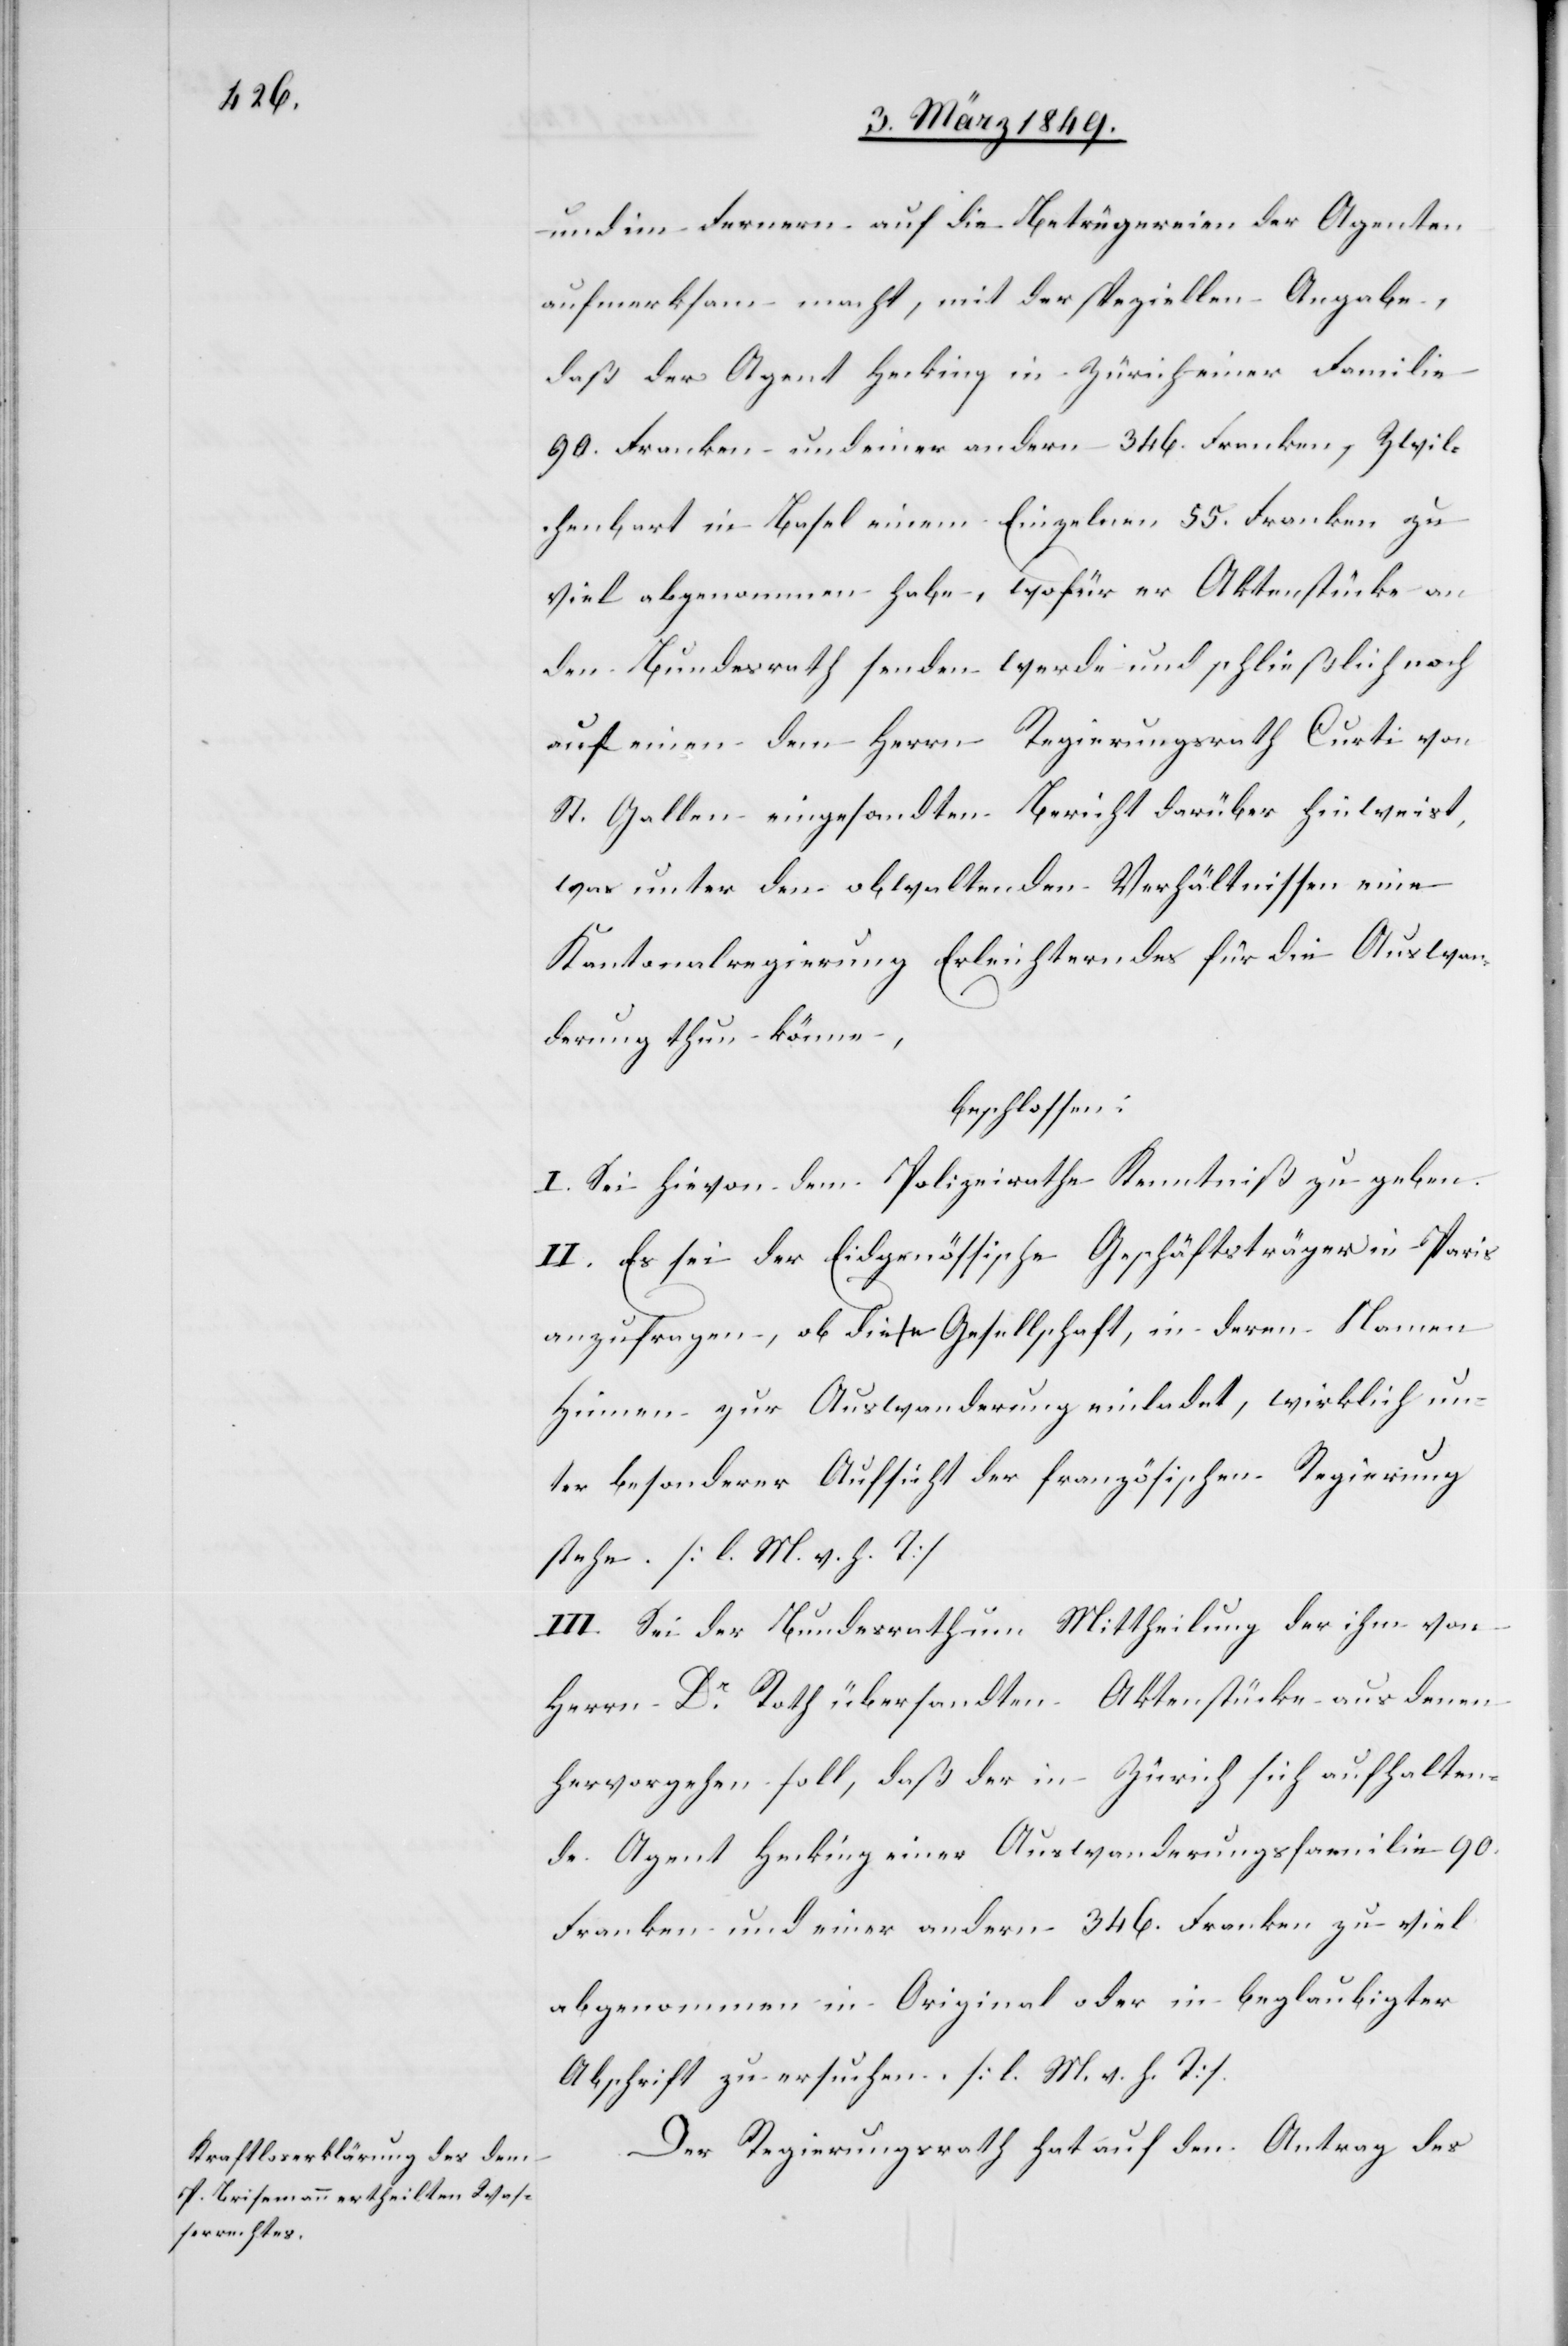
und im Fernern auf die Betrügereien der Agenten
aufmerksam macht, mit der speziellen Angabe,
daß der Agent Herking in Zürich einer Familie
90. Franken und einer andern 346. Franken, Zwil¬
chenbart in Basel einem Einzelnen 55. Franken zu
viel abgenommen habe, wofür er Aktenstücke an
den Bundesrath senden werde und schließlich noch
auf einen dem Herrn Regierungsrath Curti von
St. Gallen eingesandten Bericht darüber hinweist,
was unter den obwaltenden Verhältnissen eine
Kantonalregierung Erleichterndes für die Auswan¬
derung thun könne,
beschlossen:
I. Sei hievon dem Polizeirathe Kenntniß zu geben.
II. Es sei der Eidgenössische Geschäftsträger in Paris
anzufragen, ob diese Gesellschaft, in deren Namen
Hinnen zur Auswanderung einladet, wirklich un¬
ter besonderer Aufsicht der französischen Regierung
stehe. [l. M. v. h. T]
III. Sei der Bundesrath um Mittheilung der ihm von
Herrn Dr. Roth übersandten Aktenstücke aus denen
hervorgehen soll, daß der in Zürich sich aufhalten¬
de Agent Herking einer Auswanderungsfamilie 90.
Franken und einer andern 346. Franken zu viel
abgenommen in Original oder in beglaubigter
Abschrift zu ersuchen. [l. M. v. h. T]
Der Regierungsrath hat auf den Antrag des